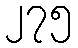
၂၇၅